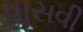
પાસવી